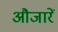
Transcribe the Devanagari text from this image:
औजारें